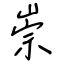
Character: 崇